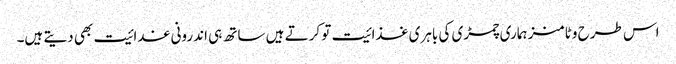
اس طرح وٹامنز ہماری چمڑی کی باہری غذائیت تو کرتے ہیں ساتھ ہی اندرونی غدائیت بھی دیتے ہیں۔